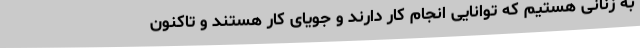
به زنانی هستیم که توانایی انجام کار دارند و جویای کار هستند و تاکنون